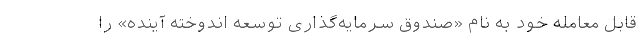
قابل معامله خود به نام «صندوق سرمایه‌گذاری توسعه اندوخته آینده» را